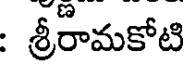
: శ్రీరామకోటి